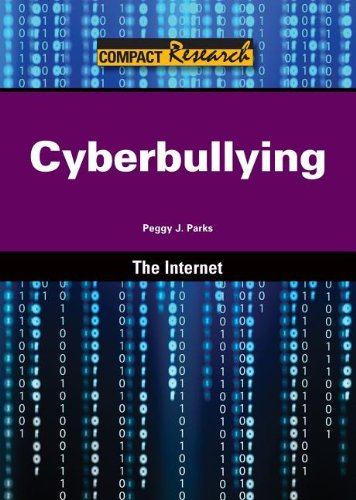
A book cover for Cyberbullying (Compact Research: The Internet); Peggy J. Parks; Teen & Young Adult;